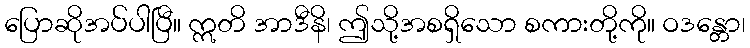
ပြောဆိုအပ်ပါပြီ။ ဣတိ အာဒီနိ၊ ဤသို့အစရှိသော စကားတို့ကို။ ဝဒန္တော၊